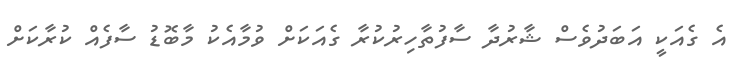
އެ ގެއަކީ އަބަދުވެސް ޝާރުދާ ސާފުތާހިރުކުރާ ގެއަކަށް ވުމާއެކު މާބޮޑު ސާފެއް ކުރާކަށް